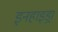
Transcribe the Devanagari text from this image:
इनहाइड्रा